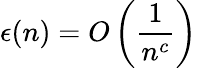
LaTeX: \epsilon(n)=O\left({\frac{1}{n^{c}}}\right)